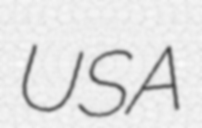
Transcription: USA